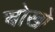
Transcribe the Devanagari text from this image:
चोखो